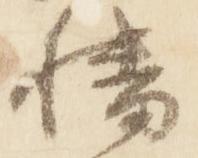
幡